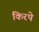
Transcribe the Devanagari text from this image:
किरपे